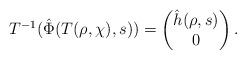
\begin{align*}T^{-1}(\hat \Phi(T(\rho,\chi),s)) = \begin{pmatrix}\hat h(\rho,s)\\ 0\end{pmatrix}.\end{align*}